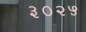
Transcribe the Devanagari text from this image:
३०२५